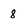
Character: 8